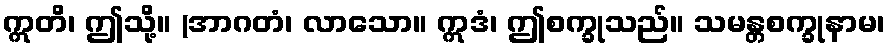
ဣတိ၊ ဤသို့။ (အာဂတံ၊ လာသော။ ဣဒံ၊ ဤစက္ခုသည်။ သမန္တစက္ခုနာမ၊